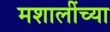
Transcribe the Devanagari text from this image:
मशालींच्या